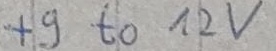
Text: +9 to 12V